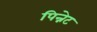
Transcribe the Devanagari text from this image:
पिन्नेट